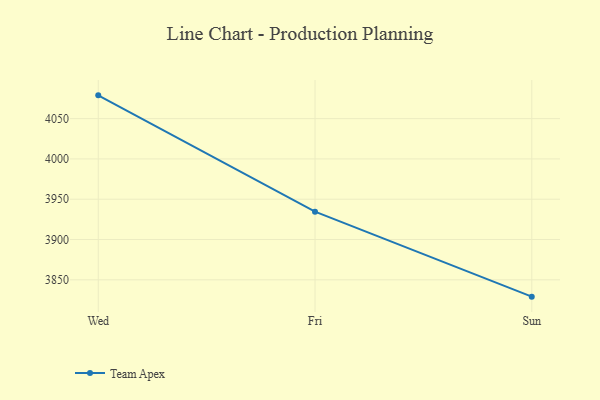
{"axis": {"x": "Day", "y": "Customer Acquisition Cost (USD)"}, "legend": ["Team Apex"], "data": [{"x": "Wed", "y": 4078.9, "type": "Team Apex"}, {"x": "Fri", "y": 3934.5, "type": "Team Apex"}, {"x": "Sun", "y": 3829.1, "type": "Team Apex"}]}